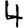
Digit: 4